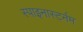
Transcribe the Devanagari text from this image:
स्पाइनास्टर्नम